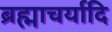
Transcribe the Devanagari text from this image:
ब्रह्माचर्यादि